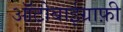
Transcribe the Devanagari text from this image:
आॅटोबाईग्राफ़ी